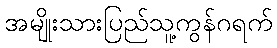
အမျိုးသားပြည်သူ့ကွန်ဂရက်